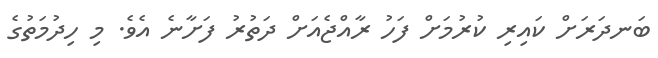
ބަނދަރަށް ކައިރި ކުރުމަށް ފަހު ރާއްޖެއަށް ދަތުރު ފަށާނެ އެވެ. މި ހިދުމަތުގެ